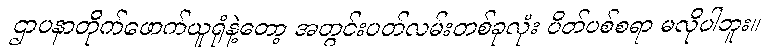
ဌာပနာတိုက်ဖောက်ယူရုံနဲ့တော့ အတွင်းပတ်လမ်းတစ်ခုလုံး ပိတ်ပစ်စရာ မလိုပါဘူး။